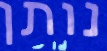
נותן